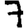
Digit: 7